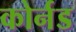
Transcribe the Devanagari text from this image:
कोर्नड